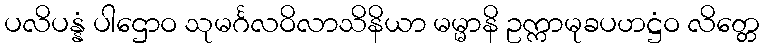
ပလိပန္နံ ပါဌောဝ သုမင်္ဂလဝိလာသိနိယာ မမ္မာနိ ဥက္ကာမုခပဟဋ္ဌံဝ လိတ္တေ